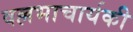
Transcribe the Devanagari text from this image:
वल्लभाचार्यकी